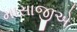
માસાજીએ